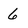
Character: 6